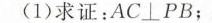
(1)求证：A C ⊥ P B；